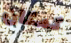
كمكان